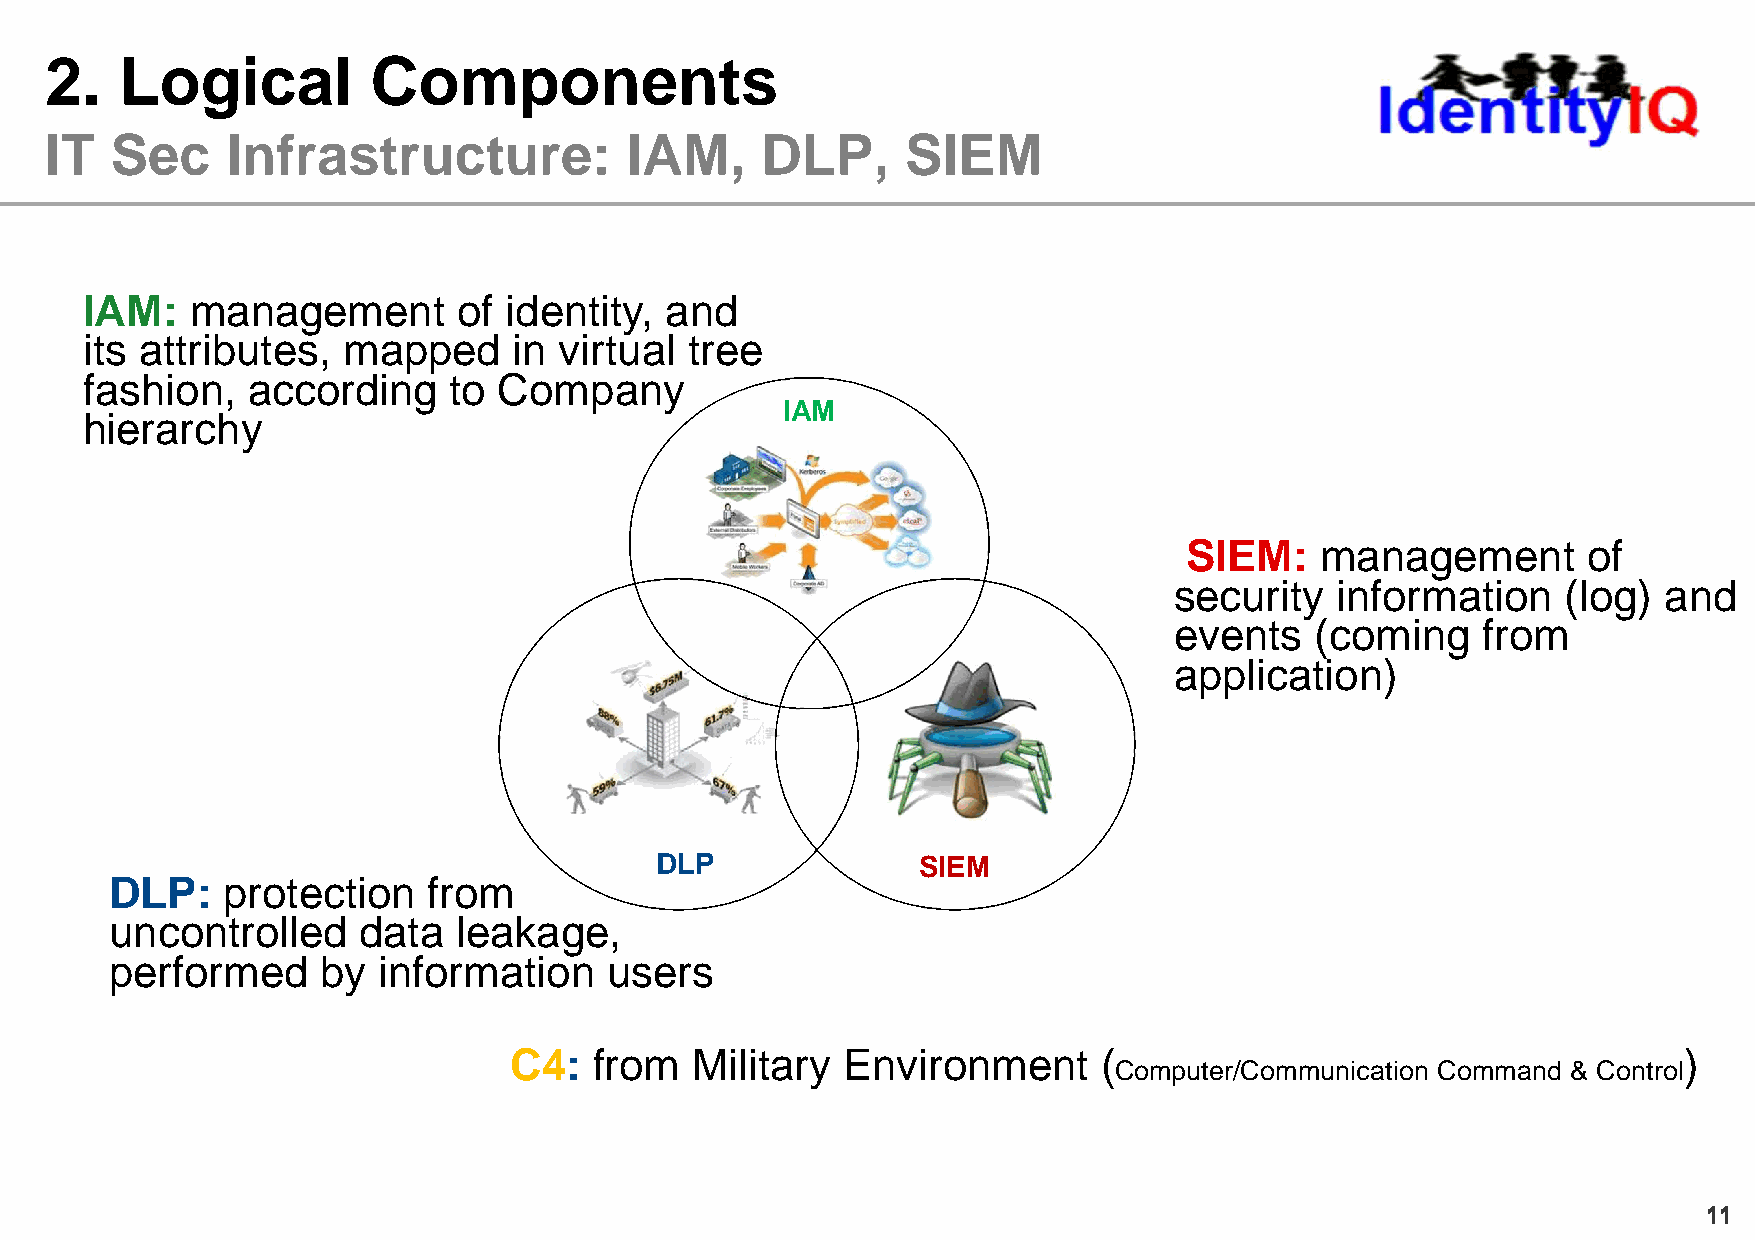
2.   Logical          Components
 IT  Sec     Infrastructure:           IAM,     DLP,      SIEM
 IAM:    management       of identity,  and
 its attributes,   mapped     in virtual  tree
 fashion,   according     to Company
 IAM
 hierarchy
 SIEM:    management        of
 security  information     (log) and
 events   (coming    from
 application)
 DLP               SIEM
 DLP:    protection   from
 uncontrolled     data  leakage,
 performed     by  information    users
 C4:  from   Military  Environment      (                                     )
 Computer/Communication Command & Control
 1111